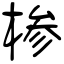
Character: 椮